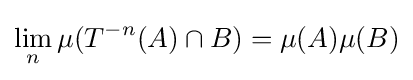
\lim _{n}\mu (T^{-n}(A)\cap B)=\mu (A)\mu (B)